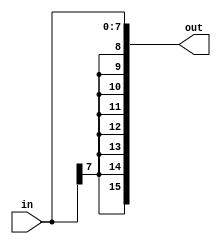
module SignExtend(input [7:0] in, output [15:0] out);
    wire sign;
    assign sign = in[7];
    assign out = {{8{sign}}, in};
endmodule